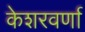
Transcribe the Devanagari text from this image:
केशरवर्णा